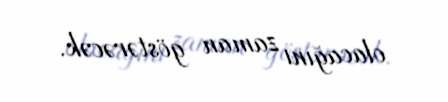
olacağını zaman göstərəcək.